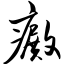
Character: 癜